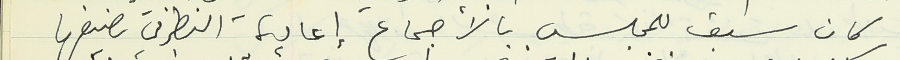
كان سبق للمجلس بالأجماع إعادة النظر في تصنيفها